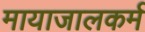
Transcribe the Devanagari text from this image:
मायाजालकर्म